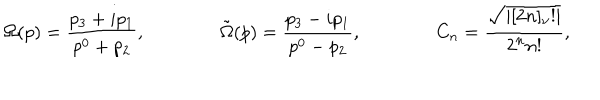
\Omega ( p ) = \frac { p _ { 3 } + i p _ { 1 } } { p ^ { 0 } + p _ { 2 } } , \qquad \qquad \tilde { \Omega } ( p ) = \frac { p _ { 3 } - i p _ { 1 } } { p ^ { 0 } - p _ { 2 } } , \qquad \qquad C _ { n } = \frac { \sqrt { | [ 2 n ] _ { \nu } ! | } } { 2 ^ { n } n ! } ,